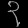
Digit: ၃